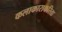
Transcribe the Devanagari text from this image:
कलाकाराकरिता